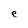
Character: e